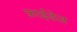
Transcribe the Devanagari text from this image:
फ्राईडेज़